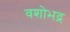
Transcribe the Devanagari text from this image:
वशोभद्र